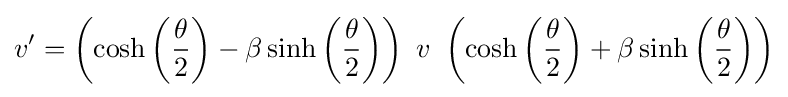
v'=\left(\cosh \left({\frac {\theta }{2}}\right)-\beta \sinh \left({\frac {\theta }{2}}\right)\right)\ v\ \left(\cosh \left({\frac {\theta }{2}}\right)+\beta \sinh \left({\frac {\theta }{2}}\right)\right)